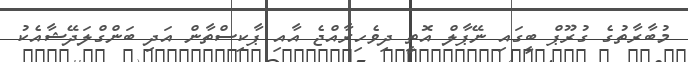
މުބާރާތުގެ ގުރޫޕް ބީގައި ނޭޕާލް އޮތީ ދިވެހިރާއްޖެ އާއި ޕާކިސްތާން އަދި ބަންގްލަދޭޝާއެކު